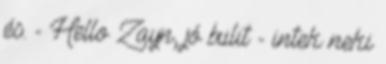
és. - Hello Zayn, jó bulit - intek neki